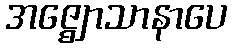
အဇ္ဈောသာနာပေ